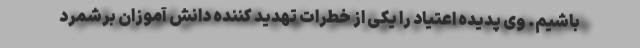
باشیم. وی پدیده اعتیاد را یکی از خطرات تهدید کننده دانش آموزان برشمرد